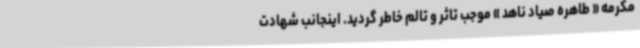
مکرمه « طاهره صیاد ناهد » موجب تاثر و تالم خاطر گردید. اینجانب شهادت